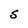
Character: S